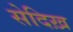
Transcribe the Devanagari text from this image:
सेदिख़